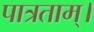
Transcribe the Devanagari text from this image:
पात्रताम्।